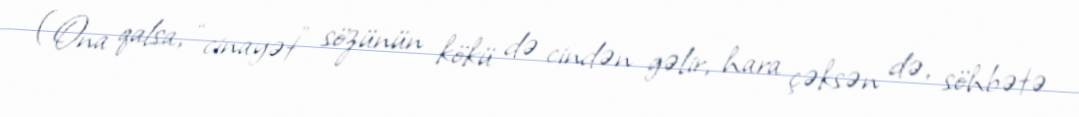
(Ona qalsa, “cinayət” sözünün kökü də cindən gəlir, hara çəksən də, söhbətə